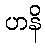
ဟနိ